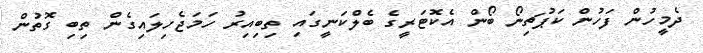
ދެމީހުން ފަހުން ކަޕުޗިނޯ ބޯން އެކޮޓަރީގެ ބެލްކަނީގައި ތިބިއިރު ހަމަޖެހިލައިގެން ތިބި ގޮތުން